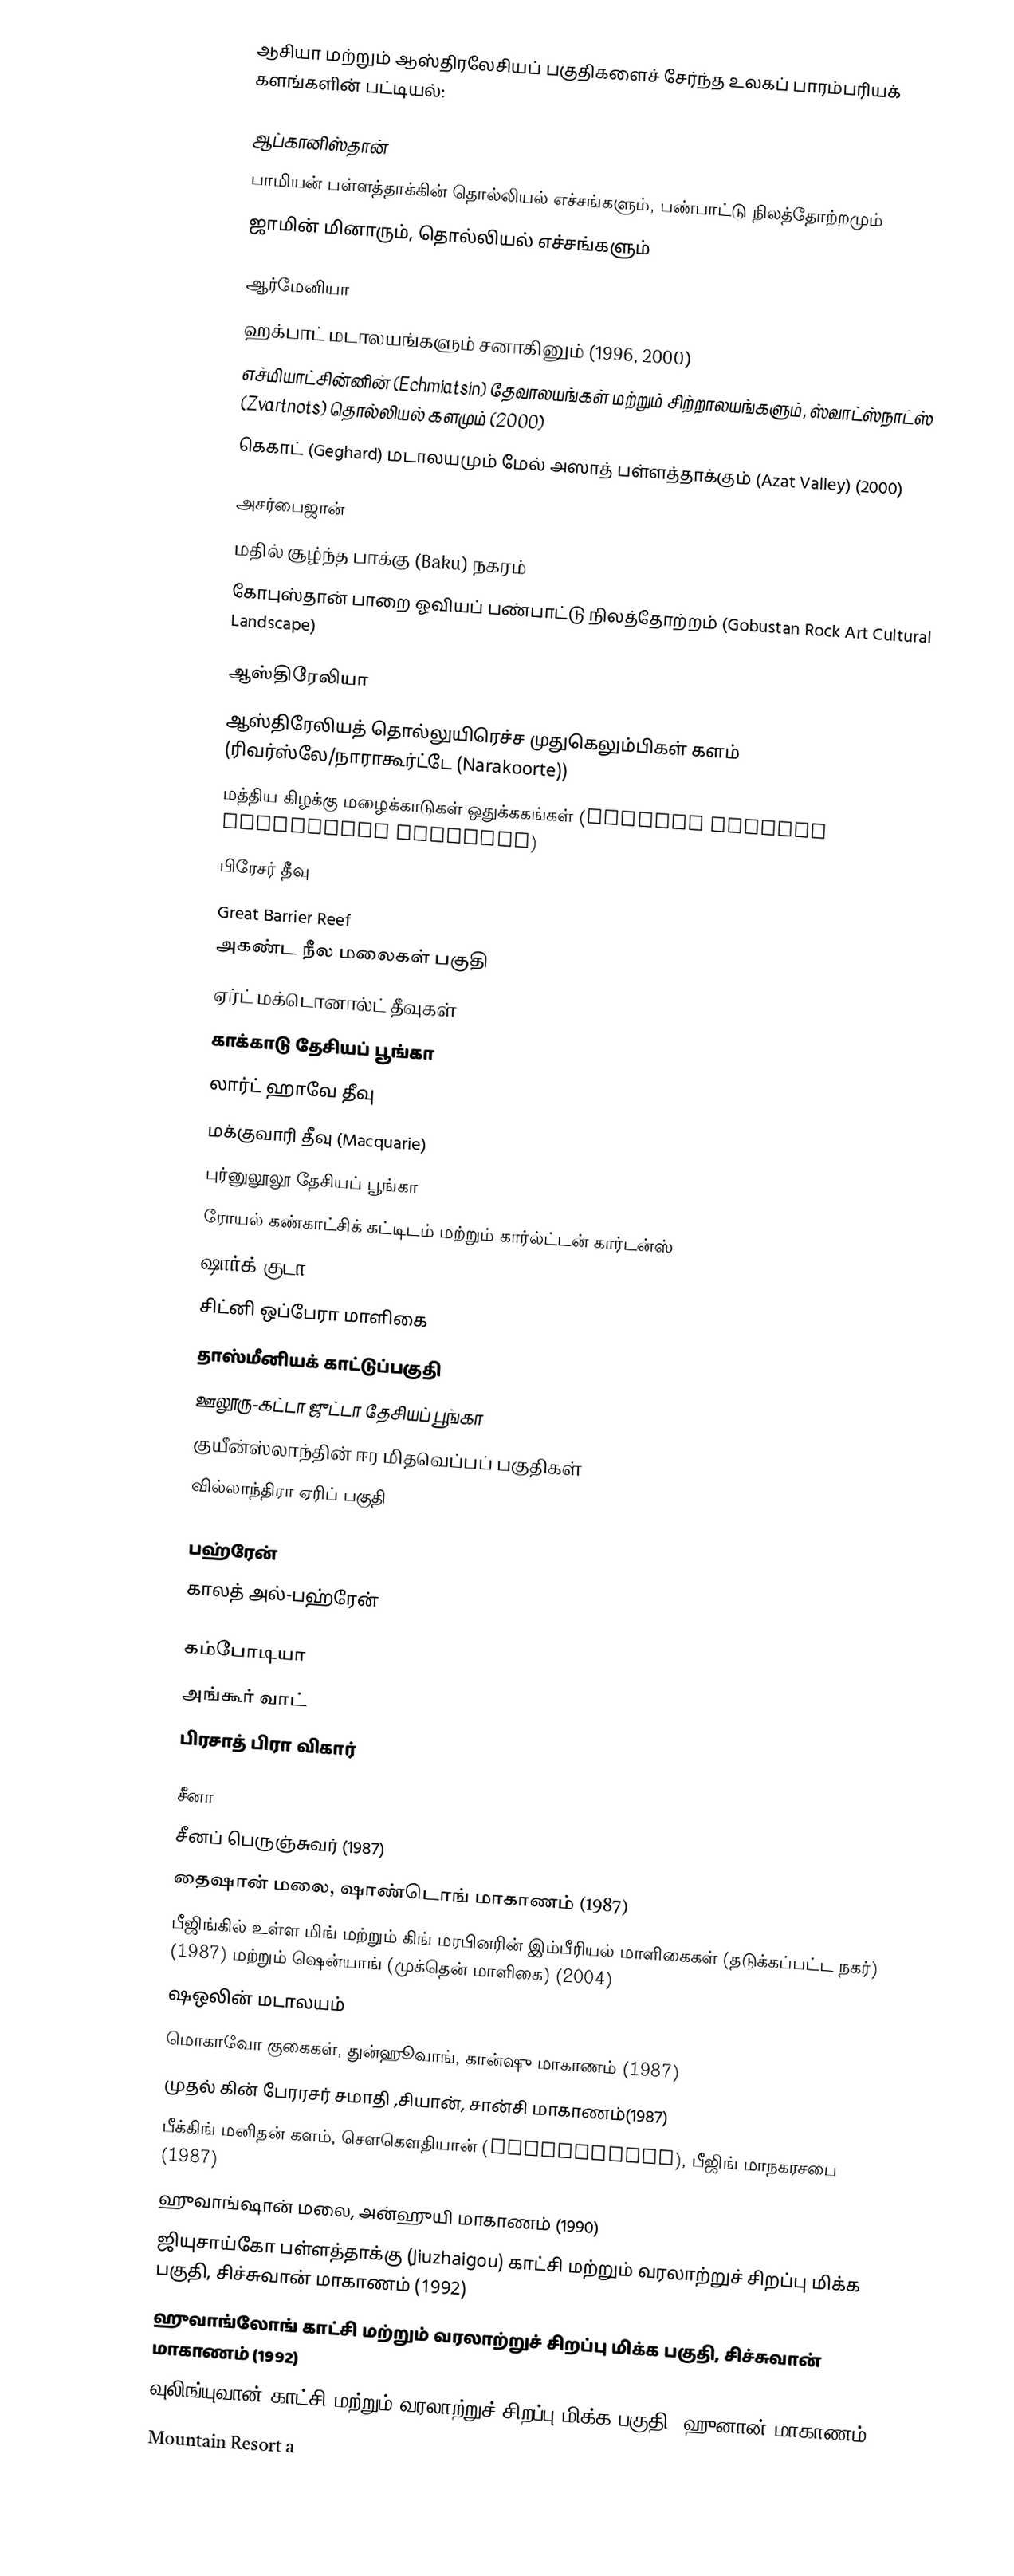
ஆசியா மற்றும் ஆஸ்திரலேசியப் பகுதிகளைச் சேர்ந்த உலகப் பாரம்பரியக் களங்களின் பட்டியல்:

ஆப்கானிஸ்தான்
 பாமியன் பள்ளத்தாக்கின் தொல்லியல் எச்சங்களும், பண்பாட்டு நிலத்தோற்றமும்
 ஜாமின் மினாரும், தொல்லியல் எச்சங்களும்

ஆர்மேனியா
 ஹக்பாட் மடாலயங்களும் சனாகினும் (1996, 2000)
 எச்மியாட்சின்னின் (Echmiatsin) தேவாலயங்கள் மற்றும் சிற்றாலயங்களும், ஸ்வாட்ஸ்நாட்ஸ் (Zvartnots) தொல்லியல் களமும் (2000)
 கெகாட் (Geghard) மடாலயமும் மேல் அஸாத் பள்ளத்தாக்கும் (Azat Valley) (2000)

அசர்பைஜான்
 மதில் சூழ்ந்த பாக்கு (Baku) நகரம்
 கோபுஸ்தான் பாறை ஓவியப் பண்பாட்டு நிலத்தோற்றம் (Gobustan Rock Art Cultural Landscape)

ஆஸ்திரேலியா
 ஆஸ்திரேலியத் தொல்லுயிரெச்ச முதுகெலும்பிகள் களம் (ரிவர்ஸ்லே/நாராகூர்ட்டே (Narakoorte))
 மத்திய கிழக்கு மழைக்காடுகள் ஒதுக்ககங்கள் (Central Eastern Rainforest Reserves)
 பிரேசர் தீவு
 Great Barrier Reef
 அகண்ட நீல மலைகள் பகுதி
 ஏர்ட் மக்டொனால்ட் தீவுகள்
 காக்காடு தேசியப் பூங்கா
 லார்ட் ஹாவே தீவு
 மக்குவாரி தீவு (Macquarie)
 புர்னுலூலூ தேசியப் பூங்கா
 ரோயல் கண்காட்சிக் கட்டிடம் மற்றும் கார்ல்ட்டன் கார்டன்ஸ்
 ஷார்க் குடா
 சிட்னி ஒப்பேரா மாளிகை
 தாஸ்மீனியக் காட்டுப்பகுதி
 ஊலூரு-கட்டா ஜுட்டா தேசியப் பூங்கா
 குயீன்ஸ்லாந்தின் ஈர மிதவெப்பப் பகுதிகள்
 வில்லாந்திரா ஏரிப் பகுதி

பஹ்ரேன்
 காலத் அல்-பஹ்ரேன்

கம்போடியா
 அங்கூர் வாட்
 பிரசாத் பிரா விகார்

சீனா
 சீனப் பெருஞ்சுவர் (1987)
 தைஷான் மலை, ஷாண்டொங் மாகாணம் (1987)
 பீஜிங்கில் உள்ள மிங் மற்றும் கிங் மரபினரின் இம்பீரியல் மாளிகைகள் (தடுக்கப்பட்ட நகர்) (1987) மற்றும் ஷென்யாங் (முக்தென் மாளிகை) (2004)
 ஷஒலின் மடாலயம்
 மொகாவோ குகைகள், துன்ஹூவாங், கான்ஷு மாகாணம் (1987)
 முதல் கின் பேரரசர் சமாதி ,சியான், சான்சி மாகாணம்(1987)
 பீக்கிங் மனிதன் களம், சௌகௌதியான் (Zhoukoudian), பீஜிங் மாநகரசபை (1987)
 ஹுவாங்ஷான் மலை, அன்ஹுயி மாகாணம் (1990)
 ஜியுசாய்கோ பள்ளத்தாக்கு (Jiuzhaigou) காட்சி மற்றும் வரலாற்றுச் சிறப்பு மிக்க பகுதி, சிச்சுவான் மாகாணம் (1992)
 ஹுவாங்லோங் காட்சி மற்றும் வரலாற்றுச் சிறப்பு மிக்க பகுதி, சிச்சுவான் மாகாணம் (1992)
 வுலிங்யுவான் காட்சி மற்றும் வரலாற்றுச் சிறப்பு மிக்க பகுதி, ஹுனான் மாகாணம் (1992)
 Mountain Resort a